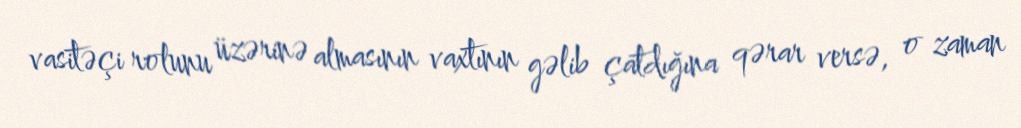
vasitəçi rolunu üzərinə almasının vaxtının gəlib çatdığına qərar versə, o zaman